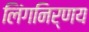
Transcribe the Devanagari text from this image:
लिंगनिर्णय